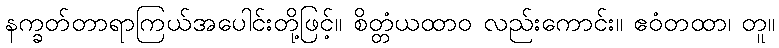
နက္ခတ်တာရာကြယ်အပေါင်းတို့ဖြင့်။ စိတ္တံယထာဝ လည်းကောင်း။ ဧဝံတထာ၊ တူ။